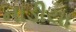
નાડીયા